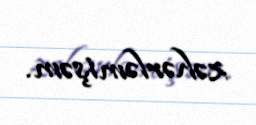
zəhərləmişəm.